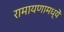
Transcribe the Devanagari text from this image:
रामायणामध्यें